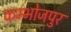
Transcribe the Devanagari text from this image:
कम्भोजपुर